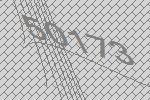
50173